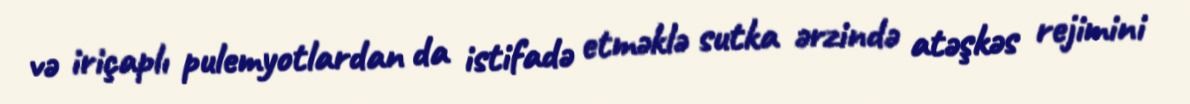
və iriçaplı pulemyotlardan da istifadə etməklə sutka ərzində atəşkəs rejimini